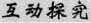
互动探究